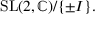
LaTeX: { \mathrm { S L } } ( 2 , \mathbb { C } ) / \{ \pm I \} .